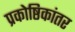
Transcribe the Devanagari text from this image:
प्रकोष्ठिकांतर